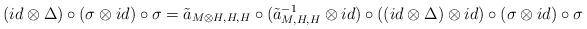
LaTeX: \begin{align*}(id\otimes\Delta)\circ(\sigma\otimes id)\circ\sigma=\tilde{a}_{M\otimes H,H,H}\circ (\tilde{a}^{-1}_{M,H,H}\otimes id)\circ((id\otimes\Delta)\otimes id)\circ(\sigma\otimes id)\circ \sigma\end{align*}